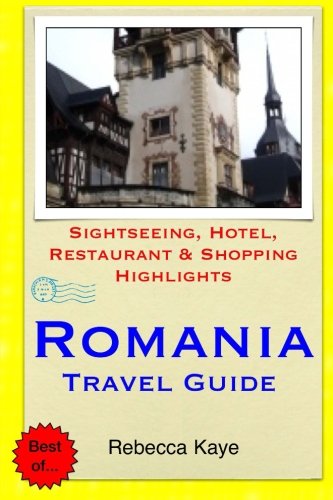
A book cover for Romania Travel Guide: Sightseeing, Hotel, Restaurant & Shopping Highlights; Rebecca Kaye; Travel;